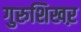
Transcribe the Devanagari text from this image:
गुरुशिखऱ